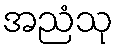
အညံသု